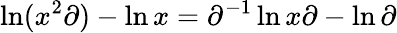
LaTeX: \ln(x^{2}\partial)-\ln x=\partial^{-1}\ln x\partial-\ln\partial